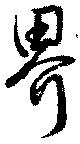
界